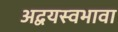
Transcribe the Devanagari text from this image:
अद्वयस्वभावा